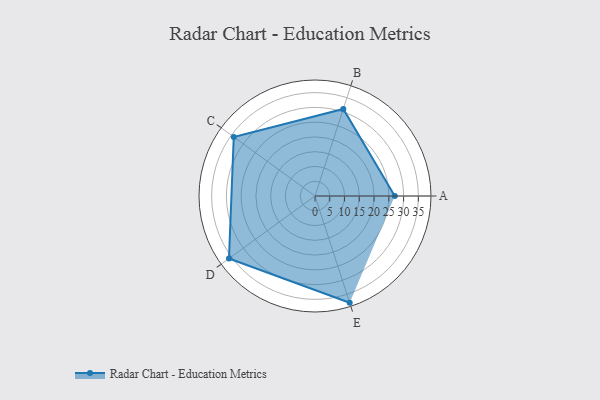
{"axis": {"x": "Skill", "y": "Score"}, "legend": ["Profile"], "data": [{"x": "A", "y": 27.0, "type": "Profile"}, {"x": "B", "y": 31.0, "type": "Profile"}, {"x": "C", "y": 34.0, "type": "Profile"}, {"x": "D", "y": 36.0, "type": "Profile"}, {"x": "E", "y": 38.0, "type": "Profile"}]}